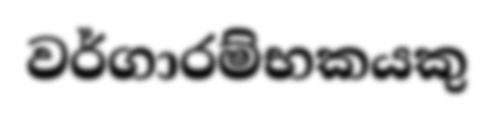
වර්ගාරම්භකයකු